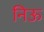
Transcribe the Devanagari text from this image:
निऊ